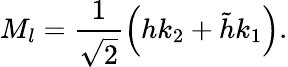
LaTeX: M_{l}=\frac{1}{\sqrt{2}}\left(hk_{2}+\tilde{h}k_{1}\right).